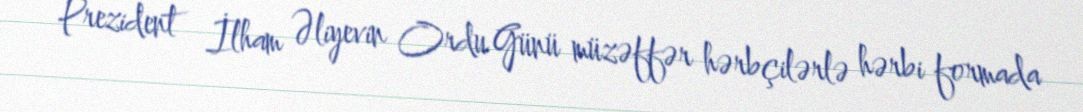
Prezident İlham Əliyevin Ordu Günü müzəffər hərbçilərlə hərbi formada